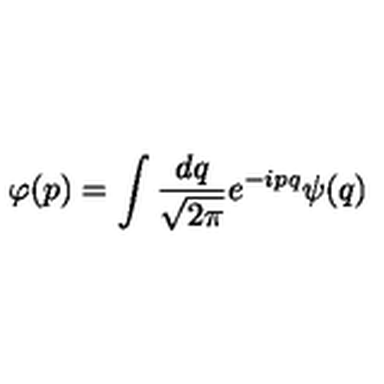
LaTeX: \varphi ( p ) = \int \frac { d q } { \sqrt { 2 \pi } } e ^ { - i p q } \psi ( q )